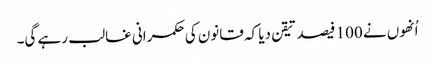
اُنھوں نے 100 فیصد تیقن دیا کہ قانون کی حکمرانی غالب رہے گی۔